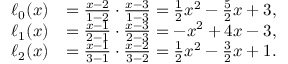
{ \begin{array} { r l } { \ell _ { 0 } ( x ) } & { = { \frac { x - 2 } { 1 - 2 } } \cdot { \frac { x - 3 } { 1 - 3 } } = { \frac { 1 } { 2 } } x ^ { 2 } - { \frac { 5 } { 2 } } x + 3 , } \\ { \ell _ { 1 } ( x ) } & { = { \frac { x - 1 } { 2 - 1 } } \cdot { \frac { x - 3 } { 2 - 3 } } = - x ^ { 2 } + 4 x - 3 , } \\ { \ell _ { 2 } ( x ) } & { = { \frac { x - 1 } { 3 - 1 } } \cdot { \frac { x - 2 } { 3 - 2 } } = { \frac { 1 } { 2 } } x ^ { 2 } - { \frac { 3 } { 2 } } x + 1 . } \end{array} }